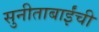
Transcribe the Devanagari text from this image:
सुनीताबाईंची